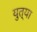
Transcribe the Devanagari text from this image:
युत्या